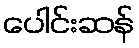
ပေါင်းဆန်